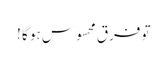
تو فرق محسوس ہو گا !